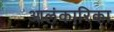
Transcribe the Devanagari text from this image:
आलंकारिका